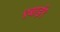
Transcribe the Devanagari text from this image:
९बाई९